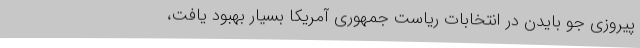
پیروزی جو بایدن در انتخابات ریاست جمهوری آمریکا بسیار بهبود یافت،